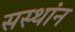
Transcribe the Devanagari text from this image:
सस्थांन